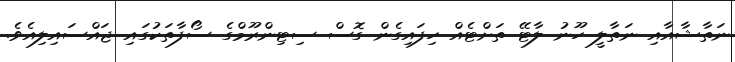
ނަތާޝާއާއި ނަތާލީ ހޫނު ލާޓޭ ތަށްޓެއް ހިފައިގެން ގޮސް ސިޓިންރޫމްގެ ސޯފާތަކުގައި ޖައްސައިލިއެވެ.